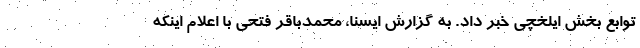
توابع بخش ایلخچی خبر داد. به گزارش ایسنا، محمدباقر فتحی با اعلام اینکه